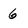
Character: 6